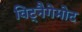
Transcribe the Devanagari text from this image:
विट्नैगेमोट